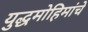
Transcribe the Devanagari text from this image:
युद्धमोहिमांचे